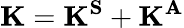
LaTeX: \mathbf{K}=\mathbf{K^{S}}+\mathbf{K^{A}}